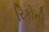
રિકોની